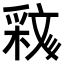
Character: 𣁝